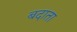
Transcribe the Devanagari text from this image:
बदाता